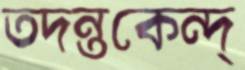
তদন্তকেন্দ্